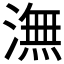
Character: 潕